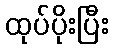
ထုပ်ပိုးပြီး